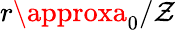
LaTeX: r\approxa_{0}/\mathcal{Z}